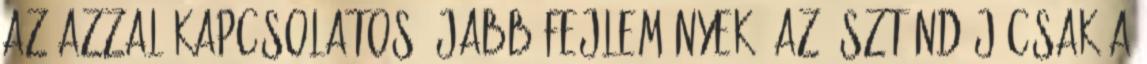
az azzal kapcsolatos újabb fejlemények. az ösztöndíj csak a